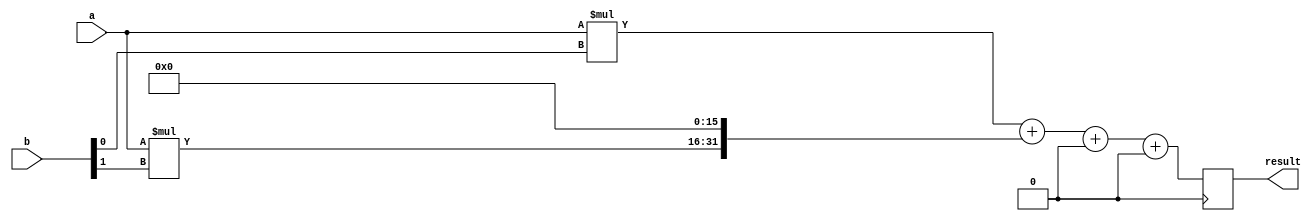
module baugh_wooley_multiplier (
    input [15:0] a,
    input [15:0] b,
    output reg [31:0] result
);

reg [15:0] partial_products[3:0];

always @(*) begin
    partial_products[0] = a * b[0];
    partial_products[1] = a * b[1];
    partial_products[2] = a * b[2];
    partial_products[3] = a * b[3];
end

always @(posedge clock) begin
    result <= 
    (partial_products[0] << 0) + 
    (partial_products[1] << 16) + 
    (partial_products[2] << 32) + 
    (partial_products[3] << 48);
end

endmodule